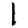
Digit: 1